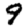
Digit: 9